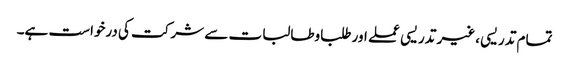
تمام تدریسی ،غیر تدریسی عملے اور طلباوطالبات سے شرکت کی درخواست ہے۔